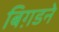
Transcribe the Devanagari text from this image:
बिग़डने